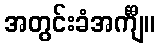
အတွင်းခံအင်္ကျီ။